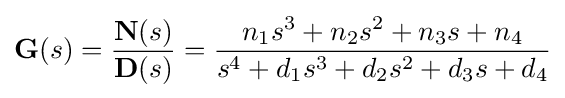
{\textbf {G}}(s)={\frac {{\textbf {N}}(s)}{{\textbf {D}}(s)}}={\frac {n_{1}s^{3}+n_{2}s^{2}+n_{3}s+n_{4}}{s^{4}+d_{1}s^{3}+d_{2}s^{2}+d_{3}s+d_{4}}}